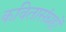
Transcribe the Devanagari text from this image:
कवितासंग्रहों